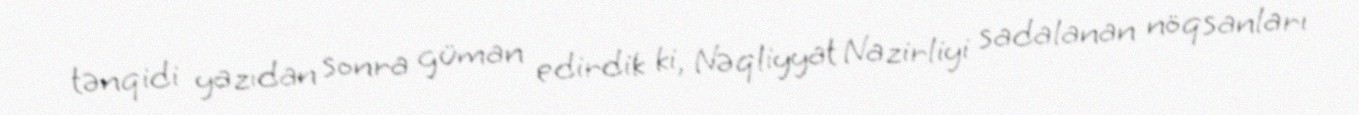
tənqidi yazıdan sonra güman edirdik ki, Nəqliyyat Nazirliyi sadalanan nöqsanları